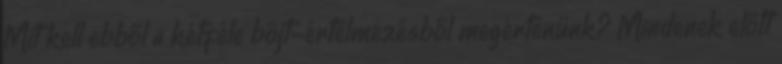
Mit kell ebből a kétféle böjt-értelmezésből megértenünk? Mindenek előtt